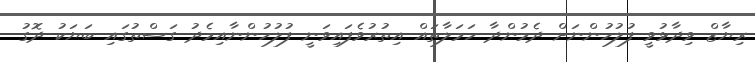
ރިޔާޒް ވިދާޅުވީ ފުލުހުންނަށް ދެމުންދާ ހަމަލާތައް އިތުރުވެފައިވަނީ ފުލުހުންނާއިމެދު ގަސްތުގައި ބަޔަކު ދޮގު